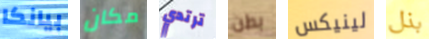
بيانكا مكان ترتدي بطن لينيكس بذل